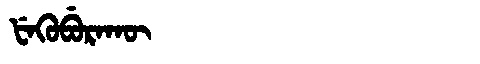
Manchu: ᡶᡝᡴᡠᠪᡠᡵᠠᡴᡡ
Romanization: FEKUBURAKŪ